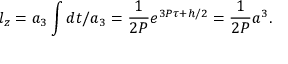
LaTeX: l _ { z } = a _ { 3 } \int d t / a _ { 3 } = \frac { 1 } { 2 P } e ^ { 3 P \tau + h / 2 } = \frac { 1 } { 2 P } a ^ { 3 } .